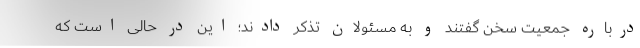
درباره جمعیت سخن گفتند و به مسئولان تذکر دادند؛ این در حالی است که